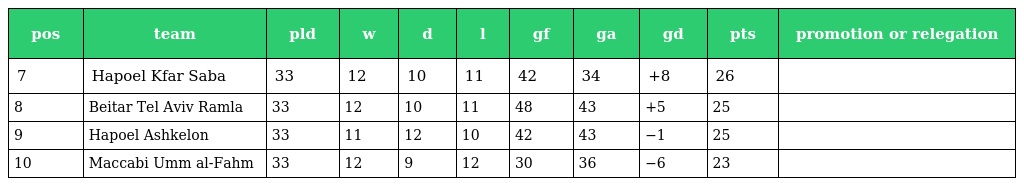
| pos | team | pld | w | d | l | gf | ga | gd | pts | promotion or relegation |
 | --- | --- | --- | --- | --- | --- | --- | --- | --- | --- | --- |
 | 7 | Hapoel Kfar Saba | 33 | 12 | 10 | 11 | 42 | 34 | +8 | 26 |  |
 | 8 | Beitar Tel Aviv Ramla | 33 | 12 | 10 | 11 | 48 | 43 | +5 | 25 |  |
 | 9 | Hapoel Ashkelon | 33 | 11 | 12 | 10 | 42 | 43 | −1 | 25 |  |
 | 10 | Maccabi Umm al-Fahm | 33 | 12 | 9 | 12 | 30 | 36 | −6 | 23 |  |